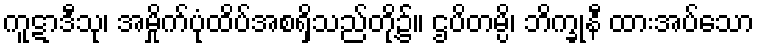
ကူဋာဒီသု၊ အမှိုက်ပုံထိပ်အစရှိသည်တို့၌။ ဌပိတမ္ပိ၊ ဘိက္ခုနီ ထားအပ်သော